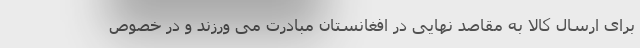
برای ارسال کالا به مقاصد نهایی در افغانستان مبادرت می ورزند و در خصوص